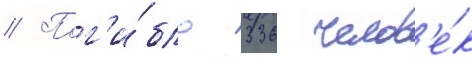
// Пог'и́бло 336 челов'е́к